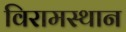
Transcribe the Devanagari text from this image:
विरामस्थान